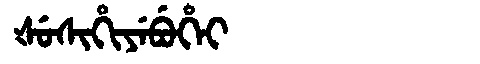
Manchu: ᡧᡠᠰᡳᡥᡳᠶᡝᠪᡠᡥᡝᡳ
Romanization: ŠUSIHIYEBUHEI